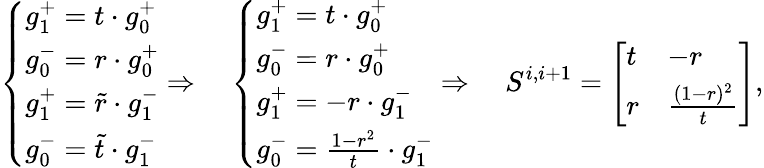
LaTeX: \left\{ \begin{array}{ll}{g_{1}^{+}=t\cdot g_{0}^{+}}\\ {g_{0}^{-}=r\cdot g_{0}^{+}}\\ {g_{1}^{+}=\tilde{r}\cdot g_{1}^{-}}\\ {g_{0}^{-}=\tilde{t}\cdot g_{1}^{-}}\end{array}\right.\Rightarrow\quad\left\{ \begin{array}{ll}{g_{1}^{+}=t\cdot g_{0}^{+}}\\ {g_{0}^{-}=r\cdot g_{0}^{+}}\\ {g_{1}^{+}=-r\cdot g_{1}^{-}}\\ {g_{0}^{-}=\frac{1-r^{2}}{t}\cdot g_{1}^{-}}\end{array}\right.\Rightarrow\quad S^{i,i+1}=\left[\begin{array}{ll}{t}&{-r}\\ {r}&{\frac{(1-r)^{2}}{t}}\end{array}\right],